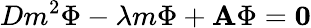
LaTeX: Dm^{2}\Phi-\lambda m\Phi+\textbf{A}\Phi=\mathbf{0}